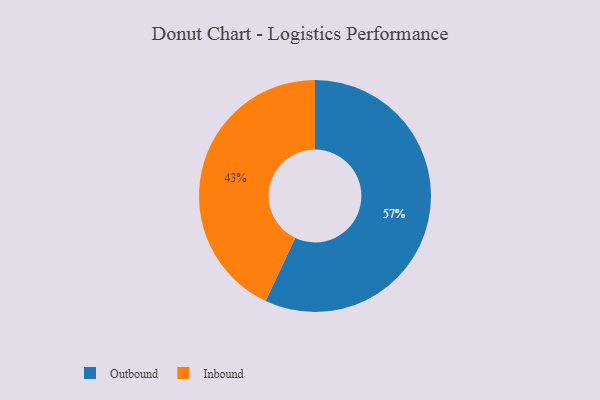
{"axis": {"x": "Category", "y": "Percentage"}, "legend": ["Inbound", "Outbound"], "data": [{"x": "Outbound", "y": 57, "type": "Outbound"}, {"x": "Inbound", "y": 43, "type": "Inbound"}]}